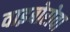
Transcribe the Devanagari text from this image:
वाइबोरोवा